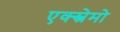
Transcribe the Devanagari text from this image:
एक्स्त्रेमो